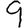
Digit: 9